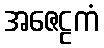
အဇေဠကံ